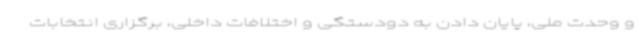
و وحدت ملی، پایان دادن به دودستگی و اختلافات داخلی، برگزاری انتخابات